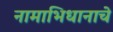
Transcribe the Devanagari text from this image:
नामाभिधानाचे